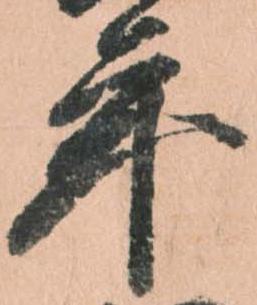
年